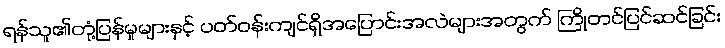
ရန်သူ၏တုံ့ပြန်မှုများနှင့် ပတ်ဝန်းကျင်ရှိအပြောင်းအလဲများအတွက် ကြိုတင်ပြင်ဆင်ခြင်း